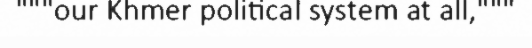
"""our Khmer political system at all,"""